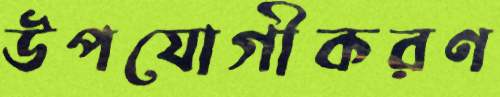
উপযোগীকরণ